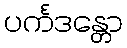
ပင်္ကဒန္တော